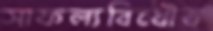
সাফল্যবিধৌত